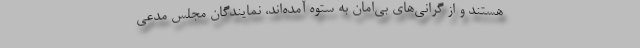
هستند و از گرانی‌های بی‌امان به ستوه آمده‌اند، نمایندگان مجلس مدعی